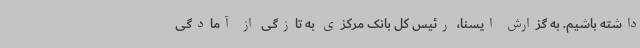
داشته باشیم. به گزارش ایسنا، رئیس کل بانک مرکزی به تازگی از آمادگی